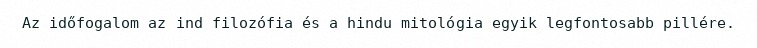
Az időfogalom az ind filozófia és a hindu mitológia egyik legfontosabb pillére.